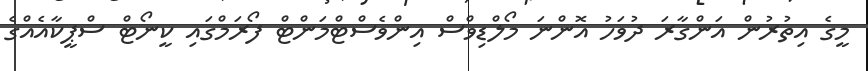
މީގެ އިތުރުން އަންގާރަ ދުވަހު އޮންނަ މޯލްޑިވްސް އިންވެސްޓްމަންޓް ފޯރަމްގައި ކީނޯޓް ސްޕީކާއެއްގެ